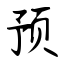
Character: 预